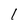
Character: 1